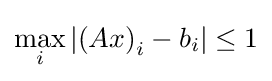
\max _{i}|{(Ax)}_{i}-b_{i}|\leq 1